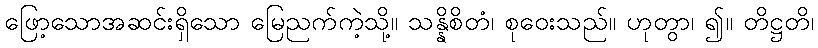
ဖြော့သောအဆင်းရှိသော မြေညက်ကဲ့သို့။ သန္နိစိတံ၊ စုဝေးသည်။ ဟုတွာ၊ ၍။ တိဋ္ဌတိ၊